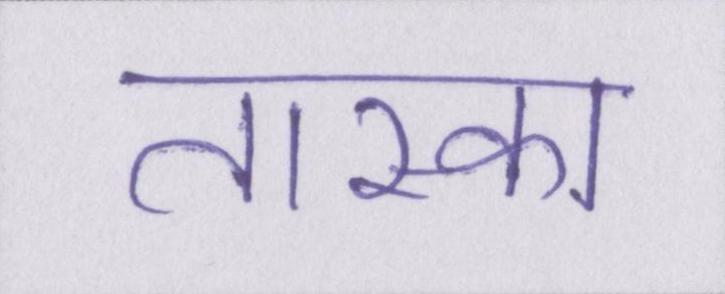
तास्का